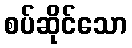
စပ်ဆိုင်သော